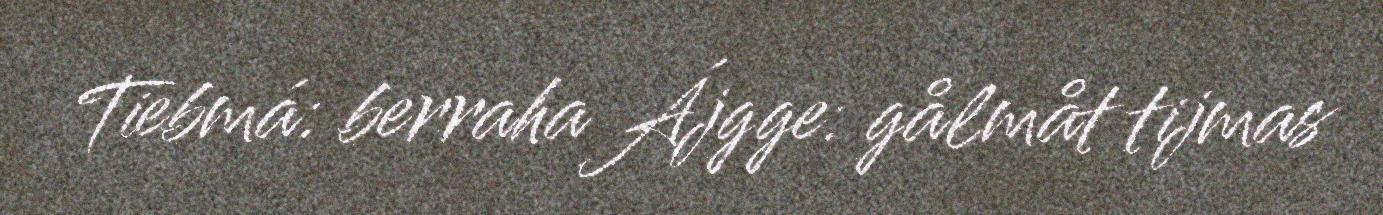
Tiebmá: berraha Ájgge: gålmåt tijmas